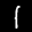
Label: 1